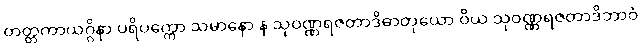
တတ္တကာယဂ္ဂိနာ ပရိပက္ကော သမာနော န သုဝဏ္ဏရဇတာဒိဓာတုယော ဝိယ သုဝဏ္ဏရဇတာဒိဘာဝံ